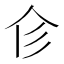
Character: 𢒃